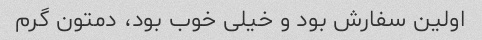
اولین سفارش بود و خیلی خوب بود، دمتون گرم